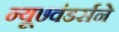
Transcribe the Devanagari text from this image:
न्यू७वंडर्सने